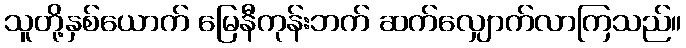
သူတို့နှစ်ယောက် မြေနီကုန်းဘက် ဆက်လျှောက်လာကြသည်။